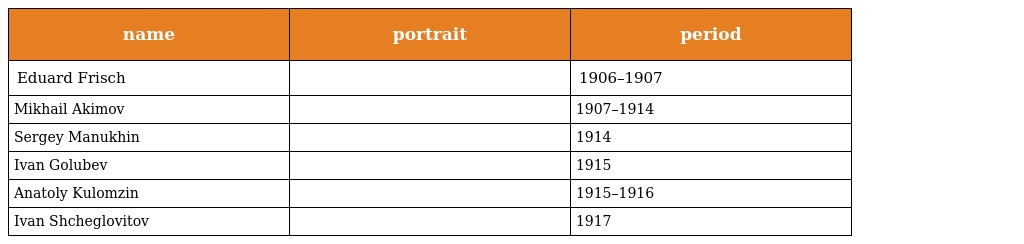
| name | portrait | period |
 | --- | --- | --- |
 | Eduard Frisch |  | 1906–1907 |
 | Mikhail Akimov |  | 1907–1914 |
 | Sergey Manukhin |  | 1914 |
 | Ivan Golubev |  | 1915 |
 | Anatoly Kulomzin |  | 1915–1916 |
 | Ivan Shcheglovitov |  | 1917 |